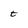
Character: t